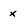
Character: x